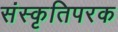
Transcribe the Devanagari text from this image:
संस्कृतिपरक